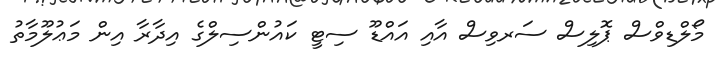
މޯލްޑިވްސް ޕޮލިސް ސަރވިސް އާއި އައްޑޫ ސިޓީ ކައުންސިލްގެ އިދާރާ އިން މަޢުލޫމާތު